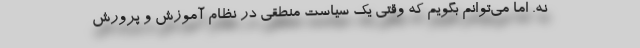
نه. اما می‌توانم بگویم که وقتی یک سیاست منطقی در نظام آموزش و پرورش